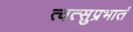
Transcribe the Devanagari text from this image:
त्वत्सुप्रभातं